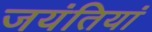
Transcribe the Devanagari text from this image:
जयंतियां